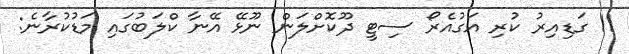
11 ގަޑިއިރު ކުރި އަގުއެރޯ ސިޓީ ދޫކޮށްލަން ނޫޅޭ އޭނާ ކްލަބުގައި މަޑުކުރާނެ: